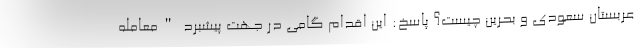
عربستان سعودی و بحرین چیست؟ پاسخ: این اقدام گامی در جهت پیشبرد "معامله